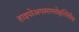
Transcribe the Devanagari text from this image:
हाइपोअगामाग्लोबुलिनेमिया